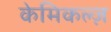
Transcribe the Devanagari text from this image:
केमिकल्ज़